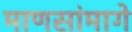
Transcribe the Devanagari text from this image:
माणसांमागे